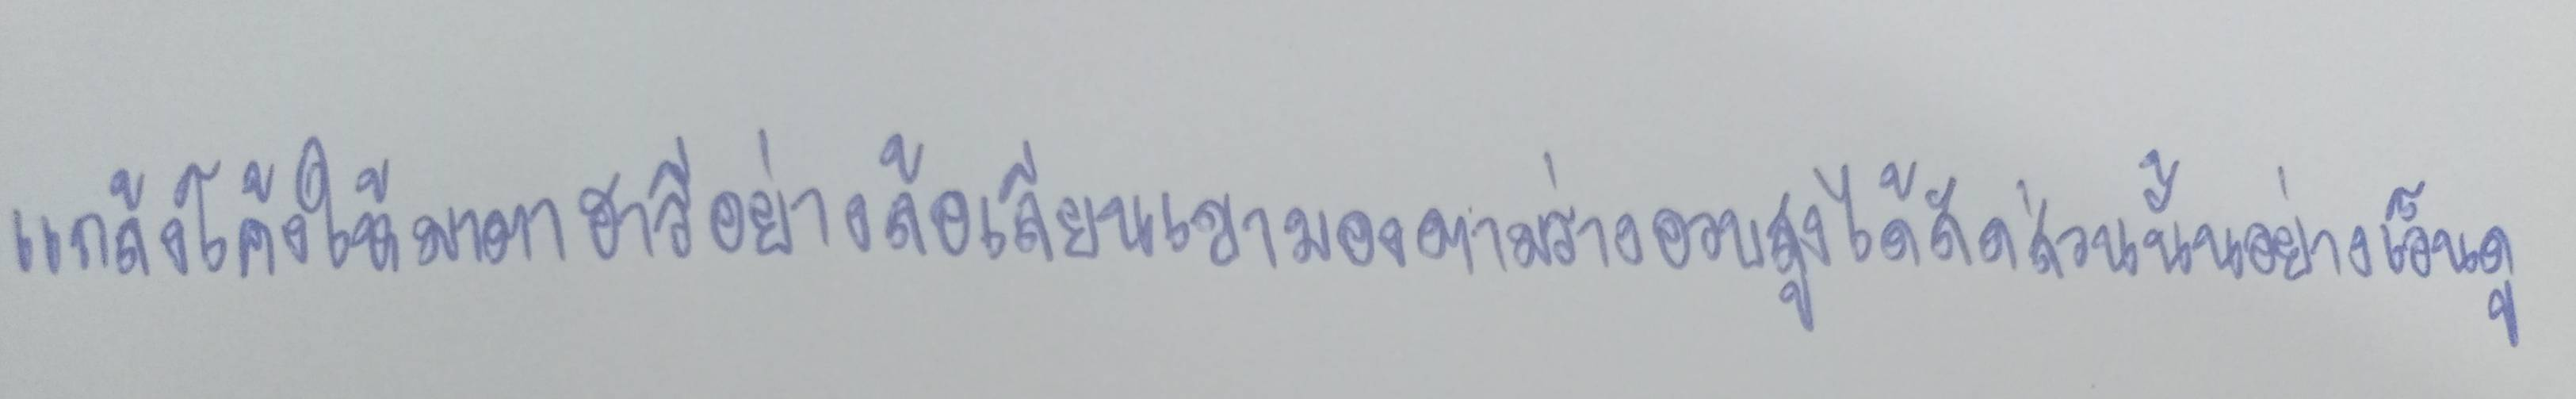
แกล้งโค้งให้มาตาฮารีอย่างล้อเลียนเขามองตามร่างอวบสูงได้สัดส่วนนั้นอย่างเอ็นดู